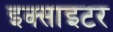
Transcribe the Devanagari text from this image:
इक्साइटर